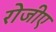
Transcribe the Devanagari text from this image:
रोजीए